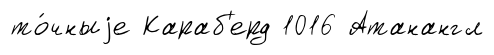
то́чныjе Караб'ерд 1016 Атанангл